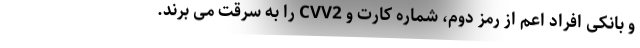
و بانکی افراد اعم از رمز دوم، شماره کارت و CVV2 را به سرقت می برند.